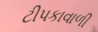
ટીપકાવાળી